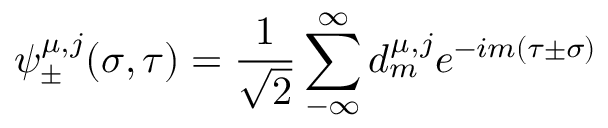
\psi _ { \pm } ^ { \mu , j } ( \sigma , \tau ) = \frac { 1 } { \sqrt 2 } \sum _ { - \infty } ^ { \infty } d _ { m } ^ { \mu , j } e ^ { - i m ( \tau \pm \sigma ) }